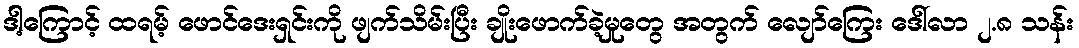
ဒါ့ကြောင့် ထရမ့် ဖောင်ဒေးရှင်းကို ဖျက်သိမ်းပြီး ချိုးဖောက်ခဲ့မှုတွေ အတွက် လျော်ကြေး ဒေါ်လာ ၂.၈ သန်း